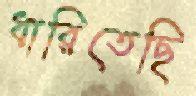
ধারিতেছি